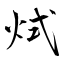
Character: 烒